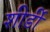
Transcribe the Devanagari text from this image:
शीर्डी